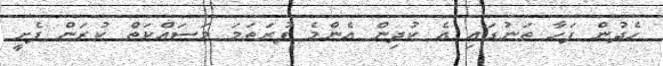
ހެދުން ފަހާ ތަނުގައި އެ ކުދިން އެންމެ ފުރަތަމަ މަސައްކަތް ކުރަން ފެށީ